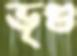
ভৃগু